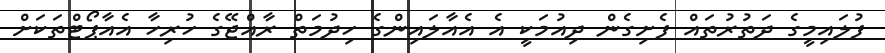
ފުލައިމީގެ ދަތުރުތައް ފެށިގެން ދިއުމަކީ އެ އެއާލައިންގެ ހިދުމަތް ރާއްޖޭގެ ހުރިހާ އެއާޕޯޓްތަކަށް